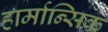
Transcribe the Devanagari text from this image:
हार्मान्सिक